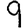
Digit: 9